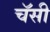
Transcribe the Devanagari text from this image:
चॅसी